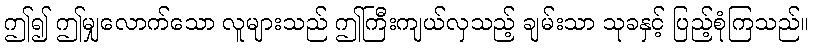
ဤ၍ ဤမျှလောက်သော လူများသည် ဤကြီးကျယ်လှသည့် ချမ်းသာ သုခနှင့် ပြည့်စုံကြသည်။